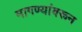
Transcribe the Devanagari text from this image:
मागण्यांवरून